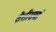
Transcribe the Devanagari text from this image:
तैतीसवां